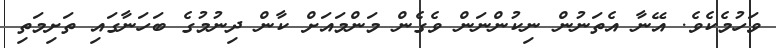
ވަހުމެކެވެ. އޭނާ އެތަނުން ނިކުންނަން ވެގެން މަންމައަށް ކާން ދިނުމުގެ ބަހަނާގައި ތަށިމަތި